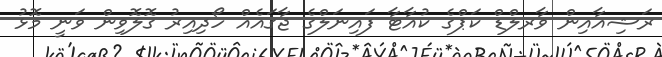
ރަޝިއާއިން ވާރލްޑް ކަޕްގެ ކުއާޓާ ފައިނަލްގެ ޖާގައެއް ހޯދިއިރު ގޮލޮވިން ވަނީ މޮޅު